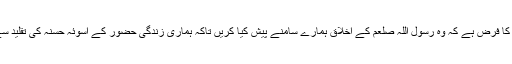
چناچہحضورﷺنے فرمایا کہ میں نہایت اعلیٰ اخلاق کے اتمام کے لئے بھیجا گیا ہوں اس لئے علماء کا فرض ہے کہ وہ رسول اللہ صلعم کے اخلاق ہمارے سامنے پیش کیا کریں تاکہ ہماری زندگی حضور کے اسوئہ حسنہ کی تقلید سے خوشگوار ہوجائے اور اتباع سُنت زندگی کی چھوٹی چھوٹی چیزوں تک جاری و ساری ہوجائے“۔